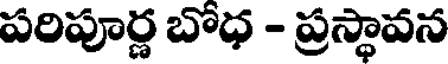
పరిపూర్ణ బోధ - ప్రస్థావన